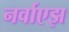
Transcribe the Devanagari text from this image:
नर्वाएझ